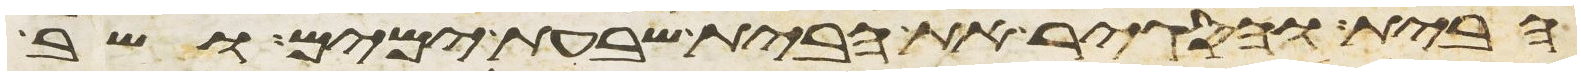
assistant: הבית והסגיר את הבית שבעת ימים ושב